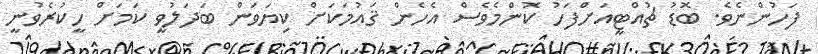
ފަހުންނެވެ. ބޮޑު ޗުއްޓީއަށްފަހު ކޮންމެވެސް އެހެން ޤައުމަކަށް ކިޔަވަން ބަދަލުވީ ކަމަށް ހީކުރެވުނީ